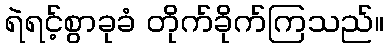
ရဲရင့်စွာခုခံ တိုက်ခိုက်ကြသည်။